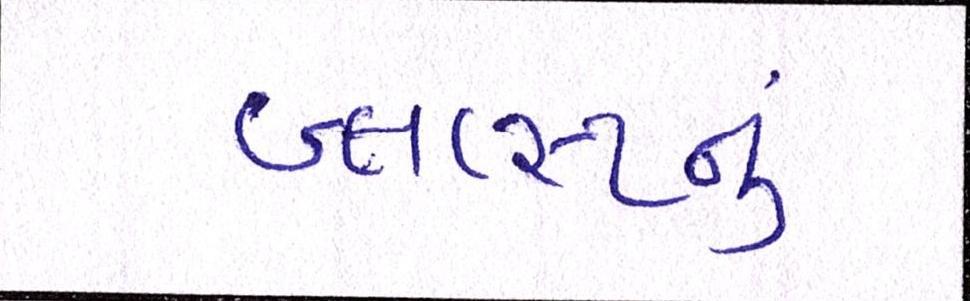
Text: બ્લાસ્ટનું